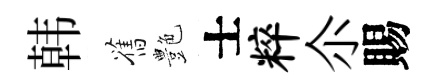
韩舊艶士粹尒賜